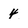
Character: 4